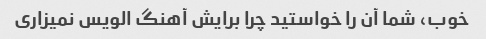
خوب، شما آن را خواستید چرا برایش آهنگ الویس نمیزاری